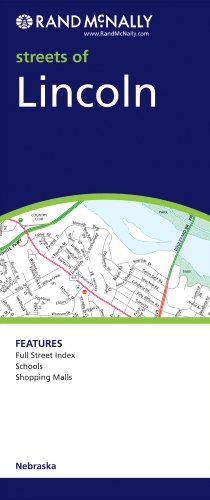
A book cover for Rand McNally Streets of Lincoln; Rand McNally and Company; Travel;